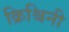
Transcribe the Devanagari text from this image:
क्रिश्चिनी